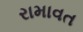
રામાવત